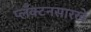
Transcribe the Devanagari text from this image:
प्लँक्टनसारखे